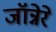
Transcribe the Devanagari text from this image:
जॉन्नेरे